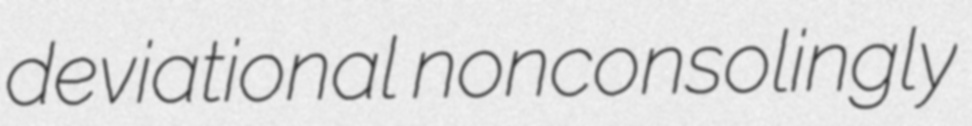
deviational nonconsolingly